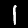
Digit: 1